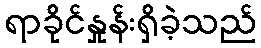
ရာခိုင်နှုန်းရှိခဲ့သည်